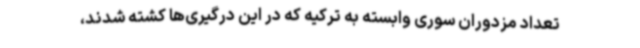
تعداد مزدوران سوری وابسته به ترکیه که در این درگیری‌ها کشته شدند،